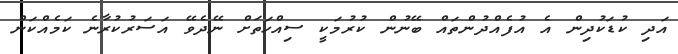
އަދި ކުޑަކުދިން އެ އުފެއްދުންތައް ބޭނުން ކުރުމަކީ ސިއްހަތަށް ނޭދެވޭ އަސަރުކުރާނެ ކަމެއްކަން